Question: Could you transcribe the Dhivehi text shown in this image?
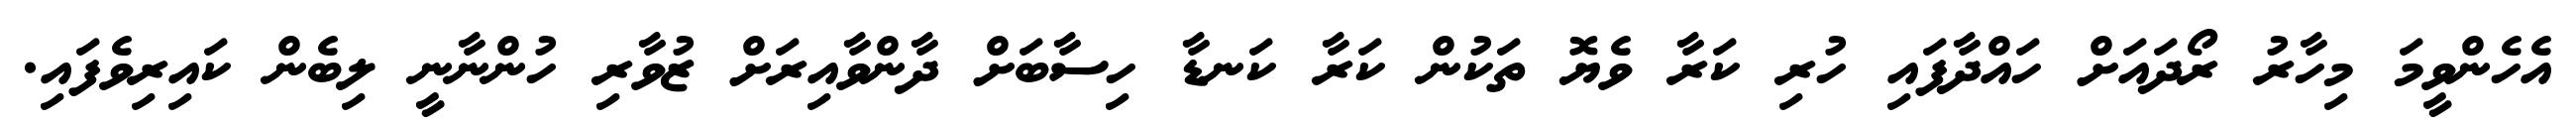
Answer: އެހެންވީމަ މިހާރު ރޯދައަށް ހައްދާފައި ހުރި ކަރާ ވެޔޮ ތަކުން ކަރާ ކަނޑާ ހިސާބަށް ދާންވާއިރަށް ޒުވާރި ހުންނާނީ ލިބެން ކައިރިވެފައި.